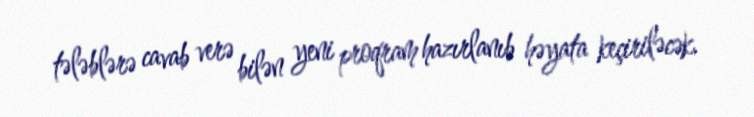
tələblərə cavab verə bilən yeni proqram hazırlanıb həyata keçiriləcək.